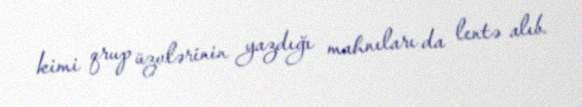
kimi qrup üzvlərinin yazdığı mahnıları da lentə alıb.